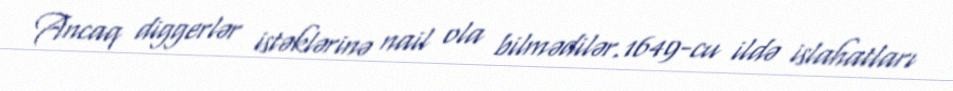
Ancaq diggerlər istəklərinə nail ola bilmədilər.1649-cu ildə islahatları